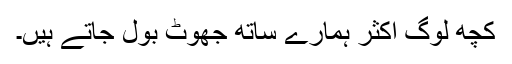
کچھ لوگ اکثر ہمارے ساتھ جھوٹ بول جاتے ہیں۔